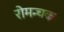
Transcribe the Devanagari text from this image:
रोमन्चक